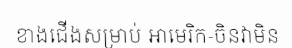
ខាងជើងសម្រាប់ អាមេរិក-ចិនវាមិន